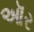
ઑર